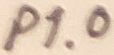
Text: P1.0